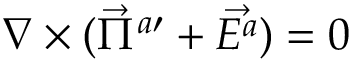
\nabla \times ( \vec { \Pi } ^ { a \prime } + \vec { E ^ { a } } ) = 0